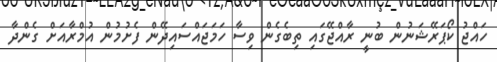
ހައްޖު ކޯޕަރޭޝަނުން ބުނީ ރާއްޖޭގައި ތިބެގެން ވިސާ ހަމަޖައްސައިދޭން ފެށުމުން އުމްރާއަށް ގެންދާ